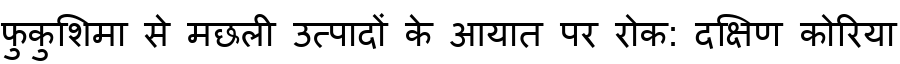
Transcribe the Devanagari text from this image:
फुकुशिमा से मछली उत्पादों के आयात पर रोक: दक्षिण कोरिया